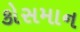
કોસમાન